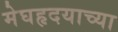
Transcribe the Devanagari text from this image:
मेघहृदयाच्या